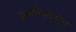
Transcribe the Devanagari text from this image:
कुळीथापासून